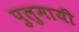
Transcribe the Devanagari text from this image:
पुलुमायी